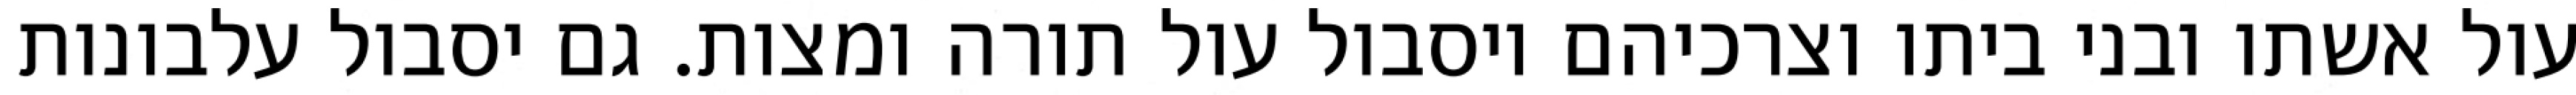
עול אשתו ובני ביתו וצרכיהם ויסבול עול תורה ומצות. גם יסבול עלבונות